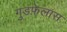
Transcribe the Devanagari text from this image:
गुडफ़ेलास